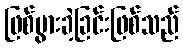
ဖြစ်ပွားခဲ့ခြင်းဖြစ်သည်